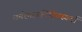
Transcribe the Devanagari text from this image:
धर्मशास्त्रविहितस्यर्वा